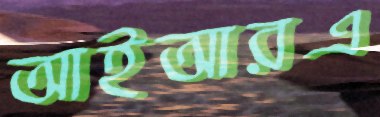
আইআরএ